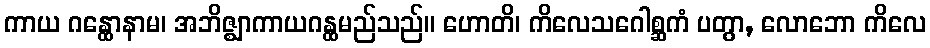
ကာယ ဂန္ထောနာမ၊ အဘိဇ္ဈာကာယဂန္ထမည်သည်။ ဟောတိ၊ ကိလေသဂေါစ္ဆကံ ပတွာ, လောဘော ကိလေ